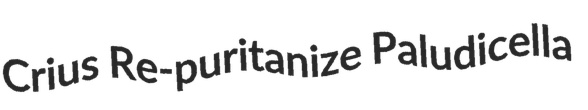
Crius Re-puritanize Paludicella